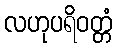
လဟုပရိဝတ္တံ